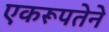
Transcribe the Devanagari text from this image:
एकरूपतेने